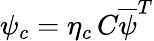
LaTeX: \psi_{c}=\eta_{c}\, C{\overline{{\psi}}}^{T}